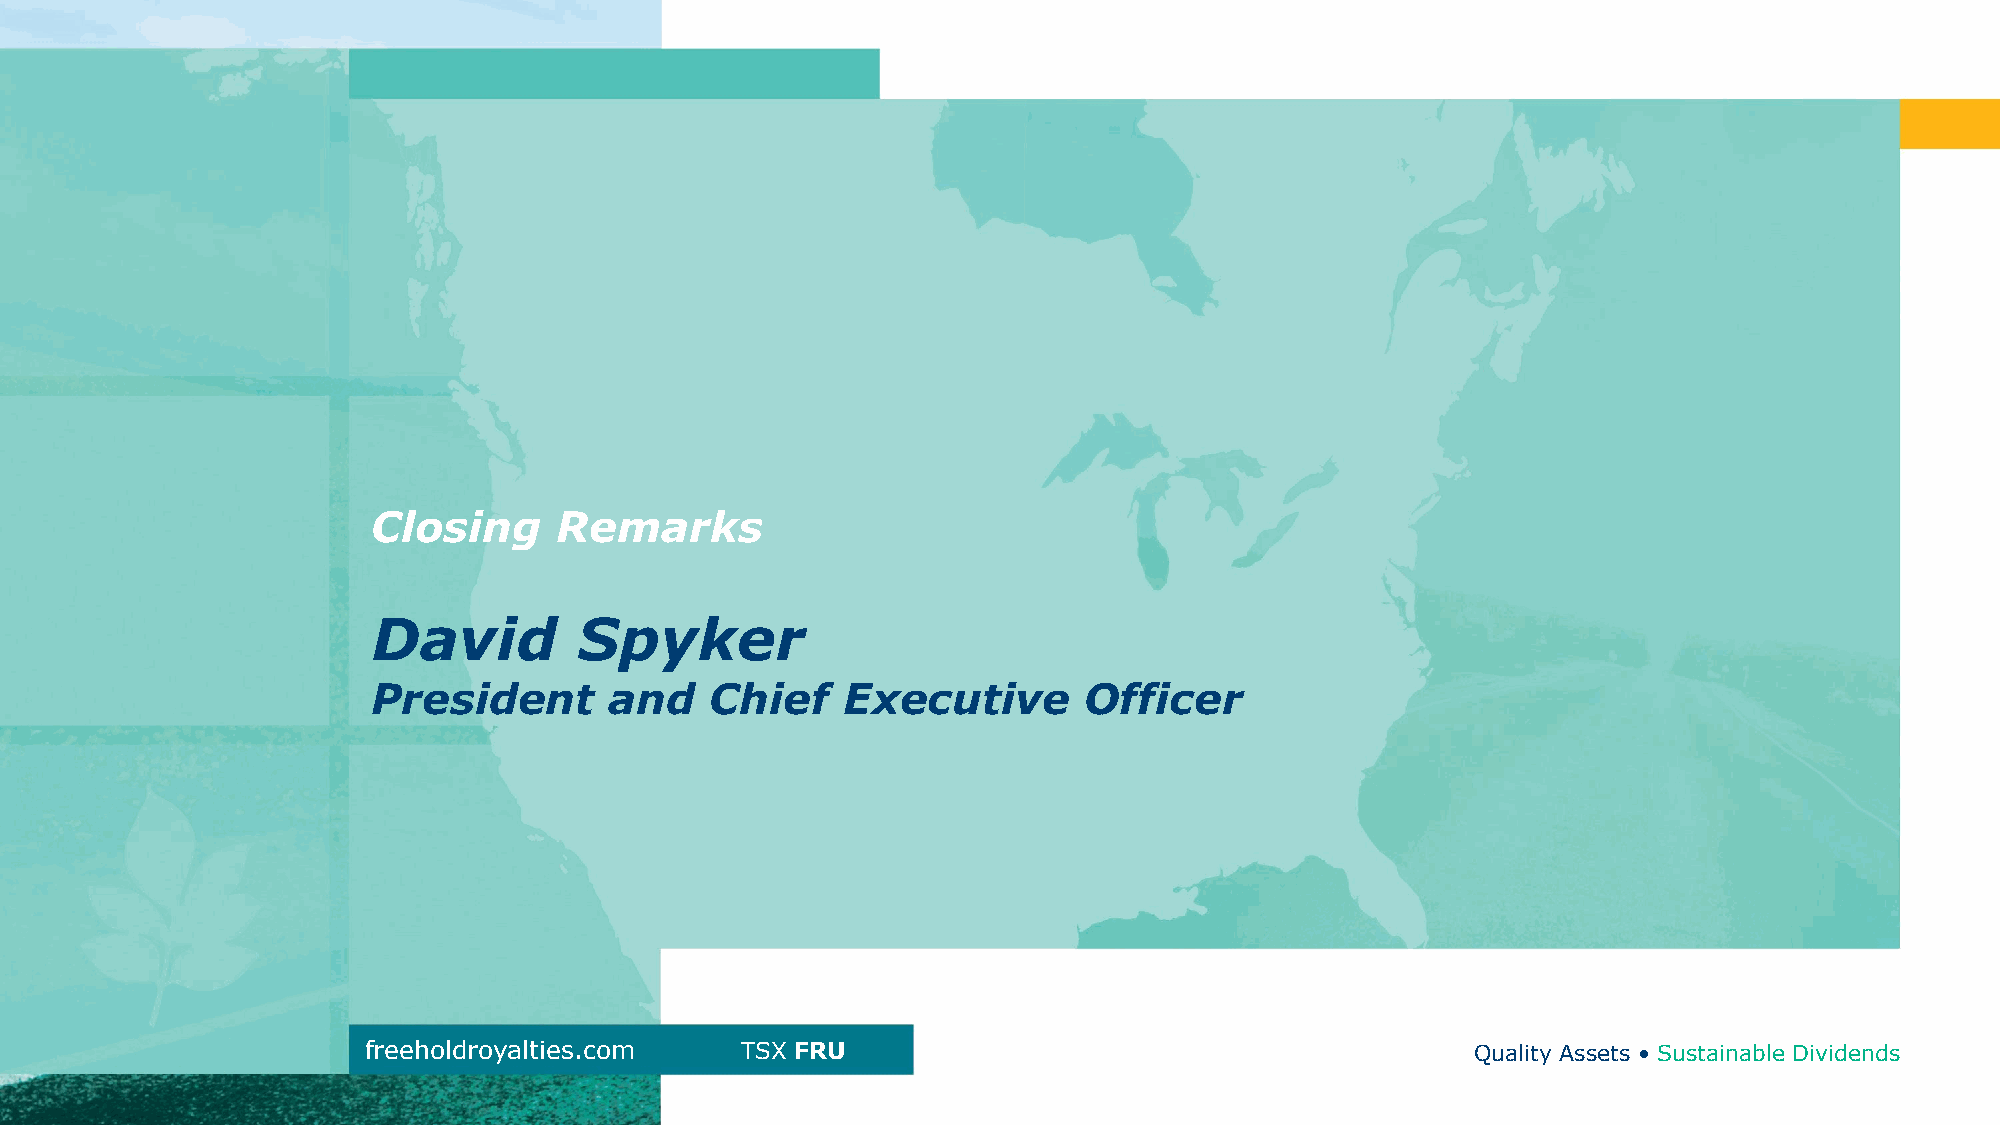
Closing     Remarks
 David        Spyker
 President      and    Chief    Executive       Officer
 freeholdroyalties.com    TSX FRU                                          Quality Assets • Sustainable Dividends